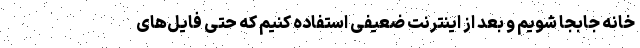
خانه جابجا شویم و بعد از اینترنت ضعیفی استفاده کنیم که حتی فایل‌های